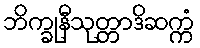
ဘိက္ခုနီသုတ္တာဒိဆက္ကံ